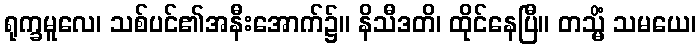
ရုက္ခမူလေ၊ သစ်ပင်၏အနီးအောက်၌။ နိသီဒတိ၊ ထိုင်နေပြီ။ တသ္မိံ သမယေ၊